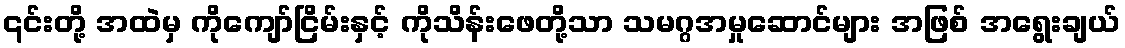
၎င်းတို့ အထဲမှ ကိုကျော်ငြိမ်းနှင့် ကိုသိန်းဖေတို့သာ သမဂ္ဂအမှုဆောင်များ အဖြစ် အရွေးချယ်